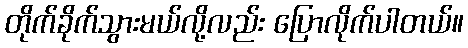
တိုက်ခိုက်သွားမယ်လို့လည်း ပြောလိုက်ပါတယ်။